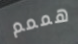
هممم